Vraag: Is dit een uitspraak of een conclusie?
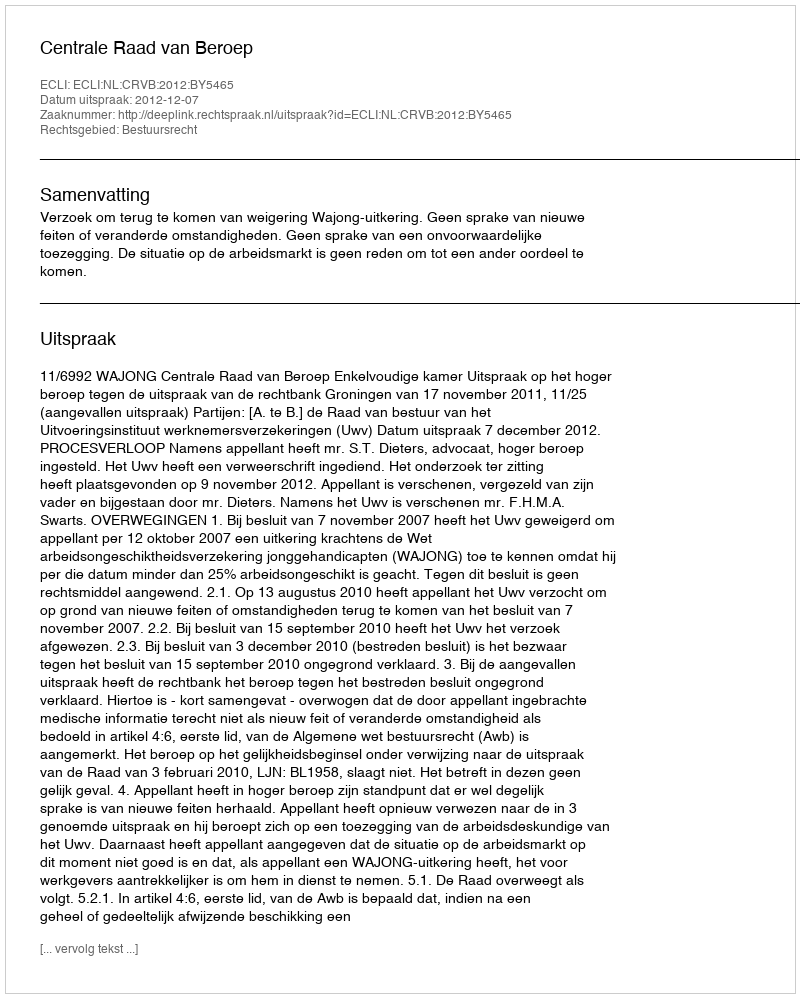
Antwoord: Uitspraak